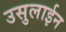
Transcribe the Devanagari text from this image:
उसुलाईन